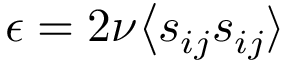
\epsilon = 2 \nu \bigl \langle s _ { i j } s _ { i j } \rangle